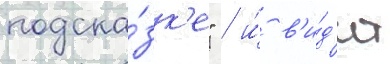
подска́зк'е" / и́ в'и́д'ит